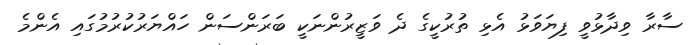
ސާރާ ވިދާޅުވީ ފިޔަވަޅު އެޅި ތުރުކީގެ ދެ ވަޒީރުންނަކީ ބަރަންސަން ހައްޔަރުކުރުމުގައި އެންމެ